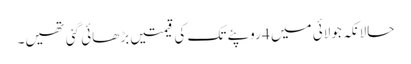
حالانکہ جولائی میں 4 روپئے تک کی قیمتیں بڑھائی گئی تھیں۔